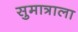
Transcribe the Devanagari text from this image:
सुमात्राला